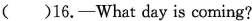
( )16.-What day is coming?